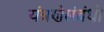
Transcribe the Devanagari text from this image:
यंत्रणेसंबंधी